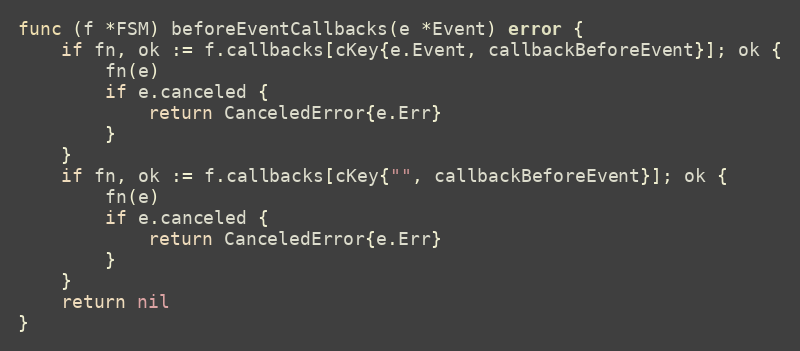
Language: Go
func (f *FSM) beforeEventCallbacks(e *Event) error {
	if fn, ok := f.callbacks[cKey{e.Event, callbackBeforeEvent}]; ok {
		fn(e)
		if e.canceled {
			return CanceledError{e.Err}
		}
	}
	if fn, ok := f.callbacks[cKey{"", callbackBeforeEvent}]; ok {
		fn(e)
		if e.canceled {
			return CanceledError{e.Err}
		}
	}
	return nil
}